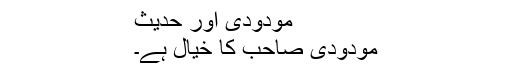
مودودی اور حدیث
مودودی صاحب کا خیال ہے۔